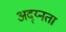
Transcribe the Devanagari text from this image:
अद्य्नता